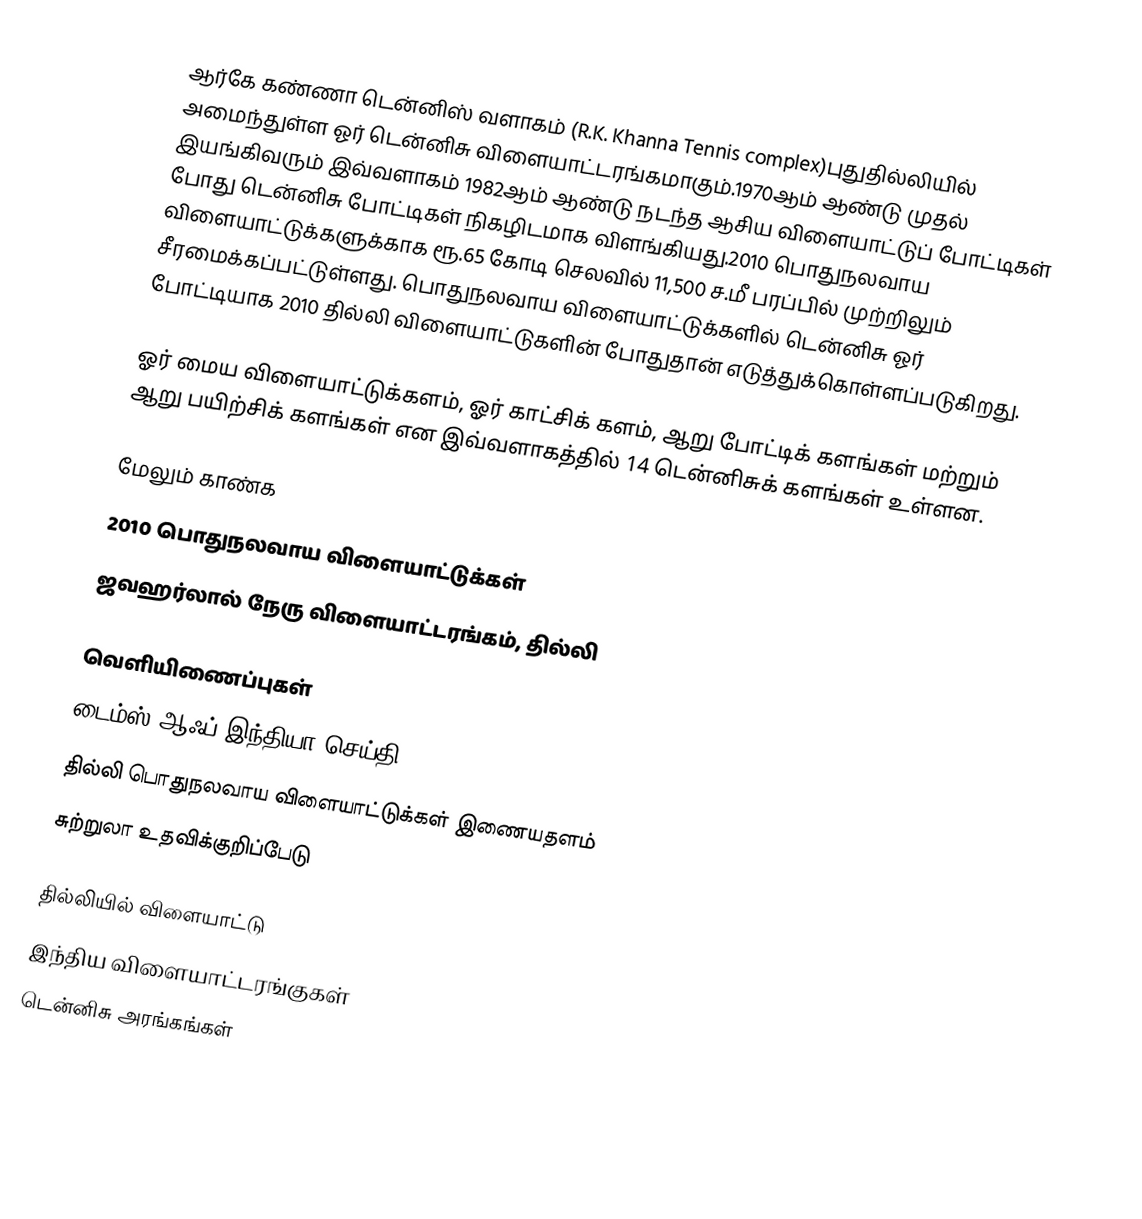
ஆர்கே கண்ணா டென்னிஸ் வளாகம் (R.K. Khanna Tennis complex)புதுதில்லியில் அமைந்துள்ள ஓர் டென்னிசு விளையாட்டரங்கமாகும்.1970ஆம் ஆண்டு முதல் இயங்கிவரும் இவ்வளாகம் 1982ஆம் ஆண்டு நடந்த ஆசிய விளையாட்டுப் போட்டிகள் போது டென்னிசு போட்டிகள் நிகழிடமாக விளங்கியது.2010 பொதுநலவாய விளையாட்டுக்களுக்காக ரூ.65 கோடி செலவில் 11,500 ச.மீ பரப்பில் முற்றிலும் சீரமைக்கப்பட்டுள்ளது. பொதுநலவாய விளையாட்டுக்களில் டென்னிசு ஓர் போட்டியாக 2010 தில்லி விளையாட்டுகளின் போதுதான் எடுத்துக்கொள்ளப்படுகிறது.

ஓர் மைய விளையாட்டுக்களம், ஓர் காட்சிக் களம், ஆறு போட்டிக் களங்கள் மற்றும் ஆறு பயிற்சிக் களங்கள் என இவ்வளாகத்தில் 14 டென்னிசுக் களங்கள் உள்ளன.

மேலும் காண்க
 2010 பொதுநலவாய விளையாட்டுக்கள்
 ஜவஹர்லால் நேரு விளையாட்டரங்கம், தில்லி

வெளியிணைப்புகள்
 டைம்ஸ் ஆஃப் இந்தியா செய்தி
 தில்லி பொதுநலவாய விளையாட்டுக்கள் இணையதளம்
 சுற்றுலா உதவிக்குறிப்பேடு

தில்லியில் விளையாட்டு
இந்திய விளையாட்டரங்குகள்
டென்னிசு அரங்கங்கள்